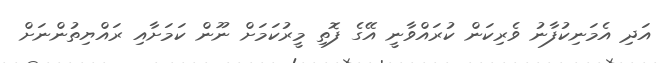
އަދި އެމަނިކުފާނު ވެރިކަން ކުރައްވާނީ އޭގެ ފޮތި މީރުކަމަށް ނޫން ކަމަށާއި ރައްޔިތުންނަށް